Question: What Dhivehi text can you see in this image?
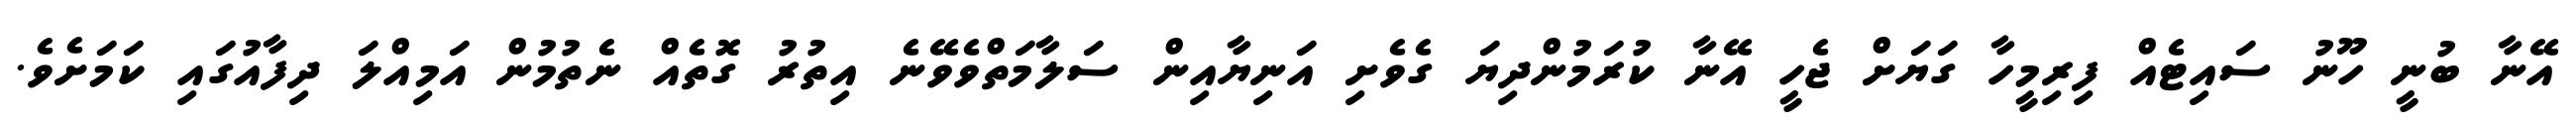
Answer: އޭނާ ބުނީ ހޫނު ސައިޓެއް ފިރިމީހާ ގަޔަށް ޖެހީ އޭނާ ކުރަމުންދިޔަ ގެވެށި އަނިޔާއިން ސަލާމަތްވެވޭނެ އިތުރު ގޮތެއް ނެތުމުން އަމިއްލަ ދިފާއުގައި ކަމަށެވެ.